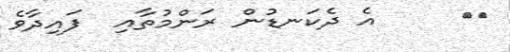
٢٢     އެ ދެކަނޑުން ރަންމުތާއި  ފައިދާވެ